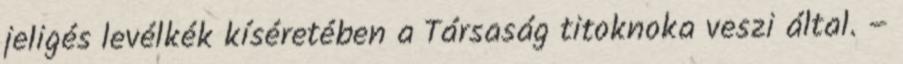
jeligés levélkék kíséretében a Társaság titoknoka veszi által. –